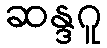
ဆန္ဒဂူ